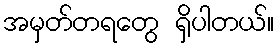
အမှတ်တရတွေ ရှိပါတယ်။